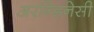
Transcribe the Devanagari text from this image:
अरन्डिनेसी